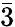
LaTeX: \bar{3}